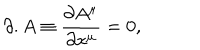
\partial . A \equiv \frac { \partial A ^ { \mu } } { \partial x ^ { \mu } } = 0 ,